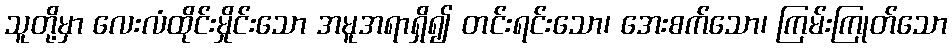
သူတို့မှာ လေးလံထိုင်းမှိုင်းသော အမူအရာရှိ၍ တင်းရင်းသော၊ အေးစက်သော၊ ကြမ်းကြုတ်သော